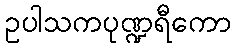
ဥပါသကပုဏ္ဍရီကော